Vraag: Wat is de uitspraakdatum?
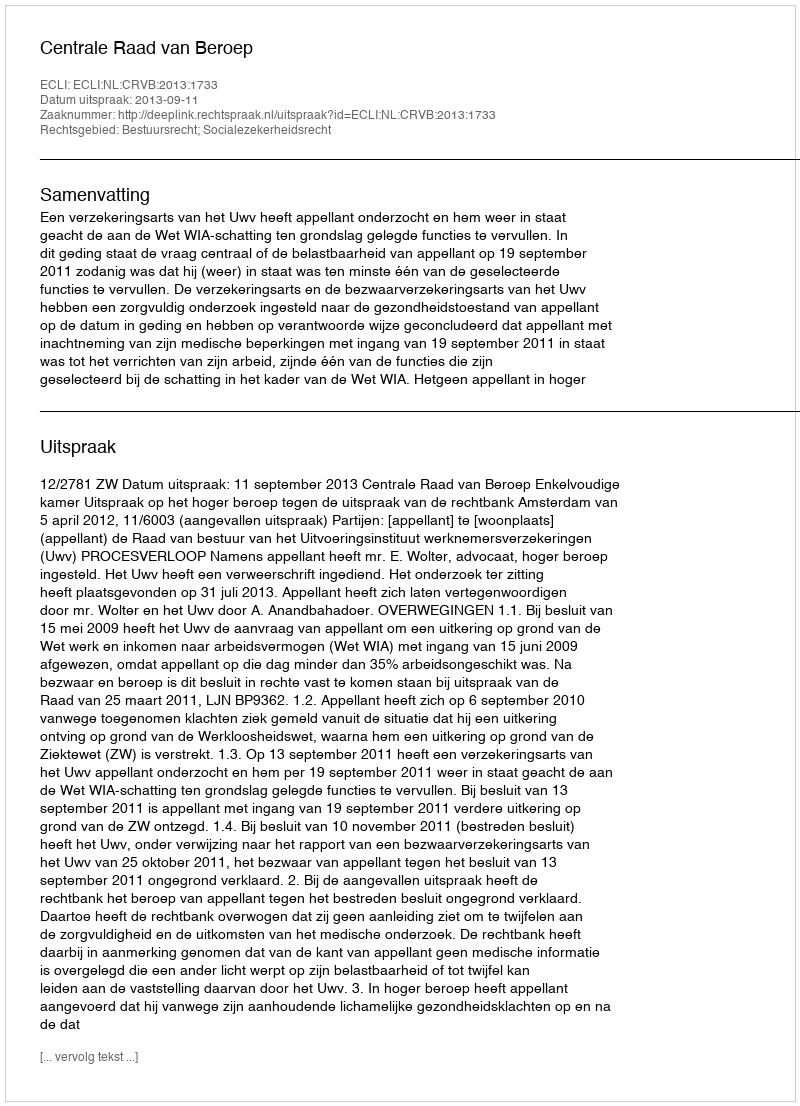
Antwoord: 2013-09-11